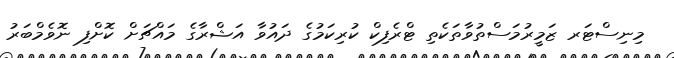
މިނިސްޓަރ ޒަމީރުމަސްތުވާތަކެތި ޓްރެފިކް ކުރިކަމުގެ ދައުވާ އަޝްރާގެ މައްޗަށް ކޮށްފި ނޮވެމްބަރު